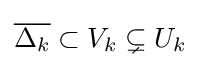
{\overline {\Delta _{k}}}\subset V_{k}\subsetneq U_{k}